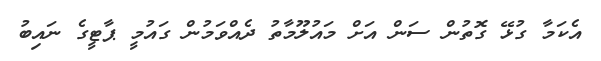
އެކަމާ ގުޅޭ ގޮތުން ސަން އަށް މައުލޫމާތު ދެއްވަމުން ގައުމީ ޕާޓީގެ ނައިބު